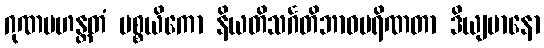
ဂုဏမဟန္တတံ ပစ္စယိကော နိယတိသင်္ဂတိဘာဝပရိဏတာ ဒိယျမာနော